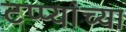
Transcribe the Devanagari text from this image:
टप्प्यांच्या